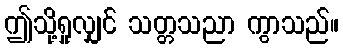
ဤသို့ရှုလျှင် သတ္တသညာ ကွာသည်။